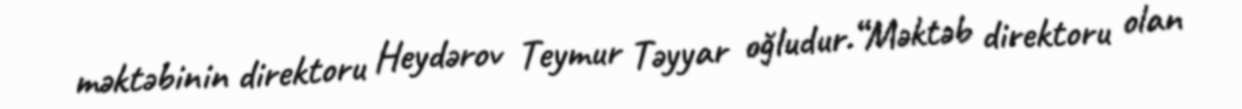
məktəbinin direktoru Heydərov Teymur Təyyar oğludur.“Məktəb direktoru olan